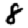
Digit: 8